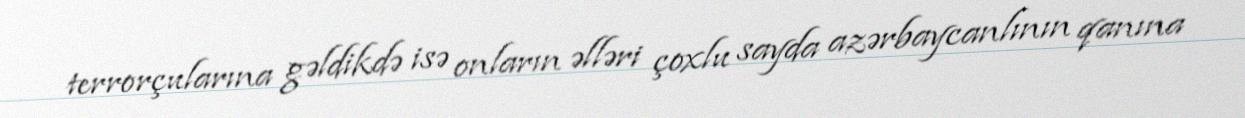
terrorçularına gəldikdə isə onların əlləri çoxlu sayda azərbaycanlının qanına